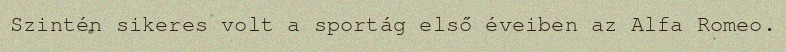
Szintén sikeres volt a sportág első éveiben az Alfa Romeo.